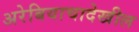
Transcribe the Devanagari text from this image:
अरेबियाचादेखील